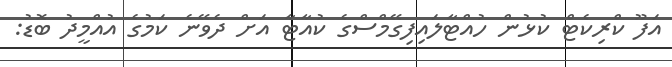
އަފޫ ކްރިކެޓް ކުޅުން ހުއްޓާލައިފިގޭމްސްގެ ކުއާޓާ އަށް ދެވޭނެ ކަމުގެ އުއްމީދު ބޮޑު: